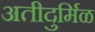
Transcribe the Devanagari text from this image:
अतीदुर्मिळ